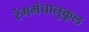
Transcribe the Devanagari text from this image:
रंगमंचानुकूल